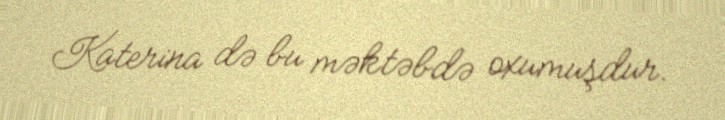
Katerina də bu məktəbdə oxumuşdur.